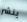
ينشر